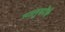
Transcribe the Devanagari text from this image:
मालुसरेंचे